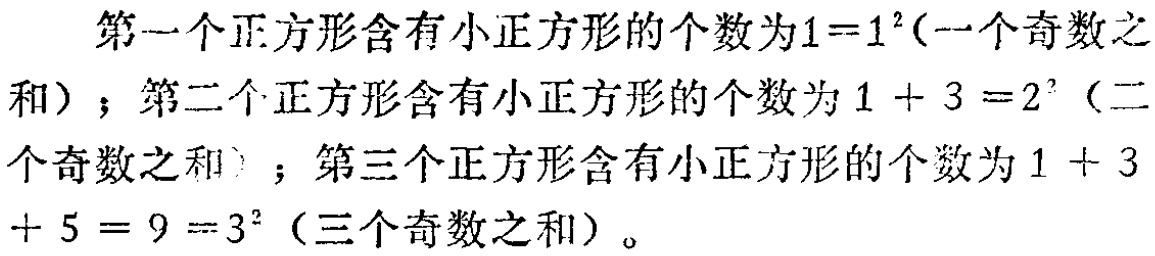
第一个正方形含有小正方形的个数为\(1 = 1^{2}\)（一个奇数之和）；第二个正方形含有小正方形的个数为\(1 + 3 = 2^{2}\)（二个奇数之和）；第三个正方形含有小正方形的个数为\(1 + 3+ 5 = 9 = 3^{2}\)（三个奇数之和）。